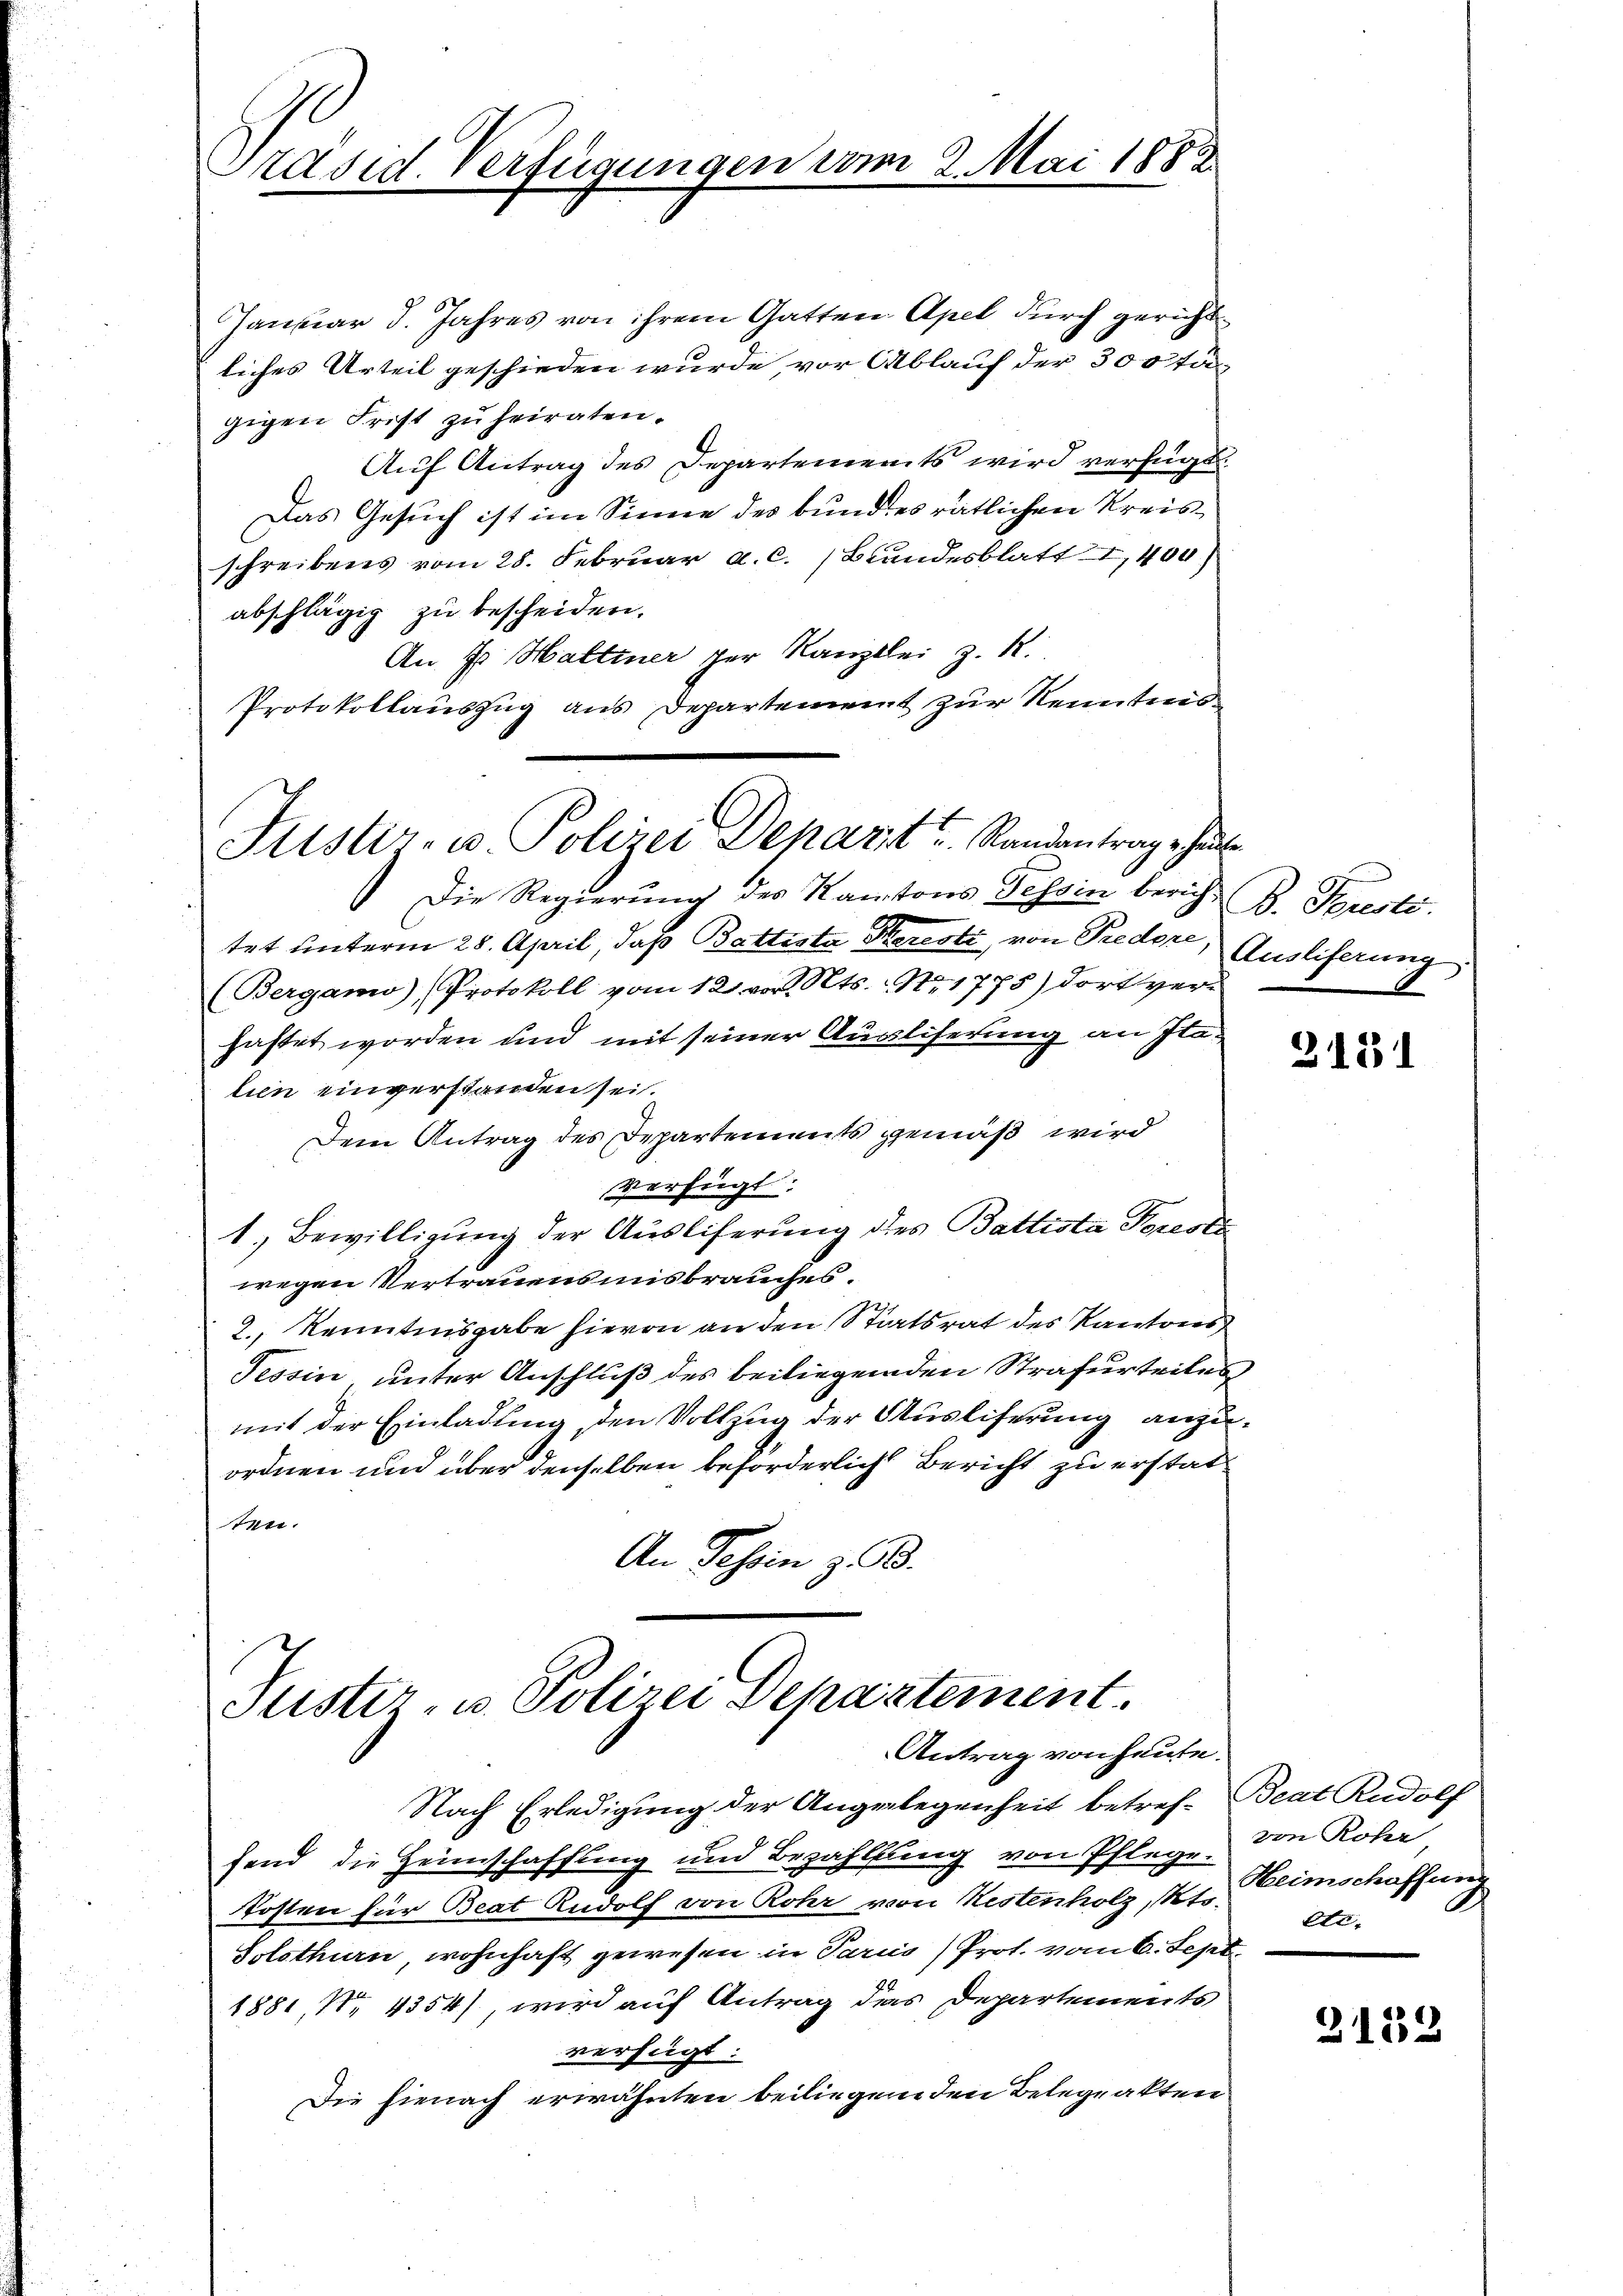
Präsid. Verfügungen vom 2. Mai 1882

Justiz- u. Polizei Depart u. Randantrage heute

Januar d. Jahres von ihrem Gatten Apel durch gerichtliches Urteil geschieden wurde vor Ablauf der 300 tä
gigen Frist zu heiraten.
Auf Antrag des Departements wird verfügt:
Das Gesuch ist im Sinne des bundes rätlichen Kreisschreibens vom 28. Februar a. c. Bundesblatt I,400)
abschlägig zu bescheiden.
An E. Hattiner per Kanzlei z. R.
Protokollauszug aus Departement zur Kenntens
Die Regierung des Kantons Tessin berichtet unterm 28. April, daß Battista dereste, von Predore,
(Bergamo), Protokoll vom 12. vor. Mts. No 1775) dort ver-
haftet worden und mit seiner Ausliserung an Italien einverstanden sei.
Dem Antrag des Departements gemäß wird
Verfügt:
1. Bewilligung der Ausliferung des Battista Forste
wegen Vertrauensmisbrauches.
2., Kenntnisgabe hievon an den Staatsrat des Kantons
Tessin unter Anschluß des beiliegenden Strafurteiles
mit der Einladung, den Vollzug der Ausliferung anzuordnen und über denselben beforderlich Bericht zu erstattten.
An Tessin z.

Justiz- u. Polizei Departement
Antrag von heute.

Nach Erledigung der Angelegenheit betref- Beat Rudolf
fend die Heimschaffung und Bezahlung von Pflege.
kosten für Beat Rudolf von Rohr von Kestenholz, Kt. Keimschaffung
Solothurn wohnhaft gewesen in Paris) Prof. vom 6. Sept.
1881, Nr. 4354), wird auf Antrag das Departements
verfügt:
Die hienach erwähnten beiliegenden Belegeakten

B. Fresti.
Auslieferung:

3181

von Rohr
ete.

3152